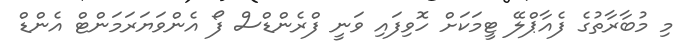
މި މުބާރާތުގެ ފެއާޕްލޭ ޓީމަކަށް ހޮވިފައި ވަނީ ފްރެންޑްސް ފޯ އެންވަޔަރަމަންޓް އެންޑް